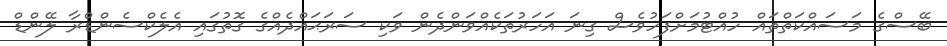
ބޭސްގެ މަސައްކަތްތައް ހުއްޓުމަށްފަހުވެސް ގިނަ އަހަރުތަކެއްވަންދެން ވަކި ސަރަޙައްދެއްގެ ގޮތުގައި އެލެކްސެންޑްރާ ލޭންޑް